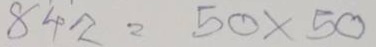
842 = 50 x 50